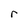
Character: r